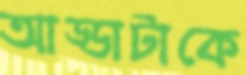
আড্ডাটাকে